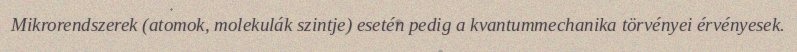
Mikrorendszerek (atomok, molekulák szintje) esetén pedig a kvantummechanika törvényei érvényesek.